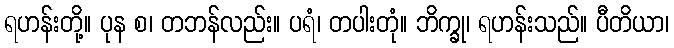
ရဟန်းတို့။ ပုန စ၊ တဘန်လည်း။ ပရံ၊ တပါးတုံ။ ဘိက္ခု၊ ရဟန်းသည်။ ပီတိယာ၊